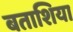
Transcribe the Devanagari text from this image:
बताशिया